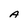
Character: A